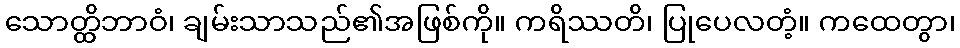
သောတ္ထိဘာဝံ၊ ချမ်းသာသည်၏အဖြစ်ကို။ ကရိဿတိ၊ ပြုပေလတံ့။ ကထေတွာ၊